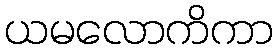
ယမလောကိကာ